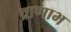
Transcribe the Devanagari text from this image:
व्राणाभ